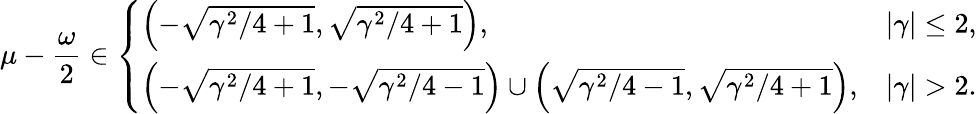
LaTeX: \mu-\frac{\omega}{2}\in\left\{ \begin{array}{ll}{\left(-\sqrt{\gamma^{2}/4+1},\sqrt{\gamma^{2}/4+1}\right),}&{|\gamma|\leq 2,}\\ {\left(-\sqrt{\gamma^{2}/4+1},-\sqrt{\gamma^{2}/4-1}\right)\cup\left(\sqrt{\gamma^{2}/4-1},\sqrt{\gamma^{2}/4+1}\right),}&{|\gamma|>2.}\end{array}\right.